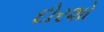
દોરશો